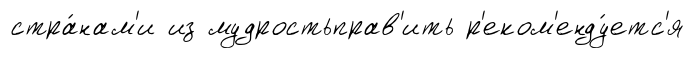
стра́нам'и из мудростьправ'ить р'еком'енду́етс'я